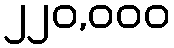
၂၂၀,၀၀၀